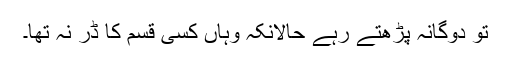
تو دوگانہ پڑھتے رہے حالانکہ وہاں کسی قسم کا ڈر نہ تھا۔